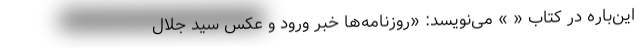
این‌باره در کتاب « » می‌نویسد: «روزنامه‌ها خبر ورود و عکس سید جلال